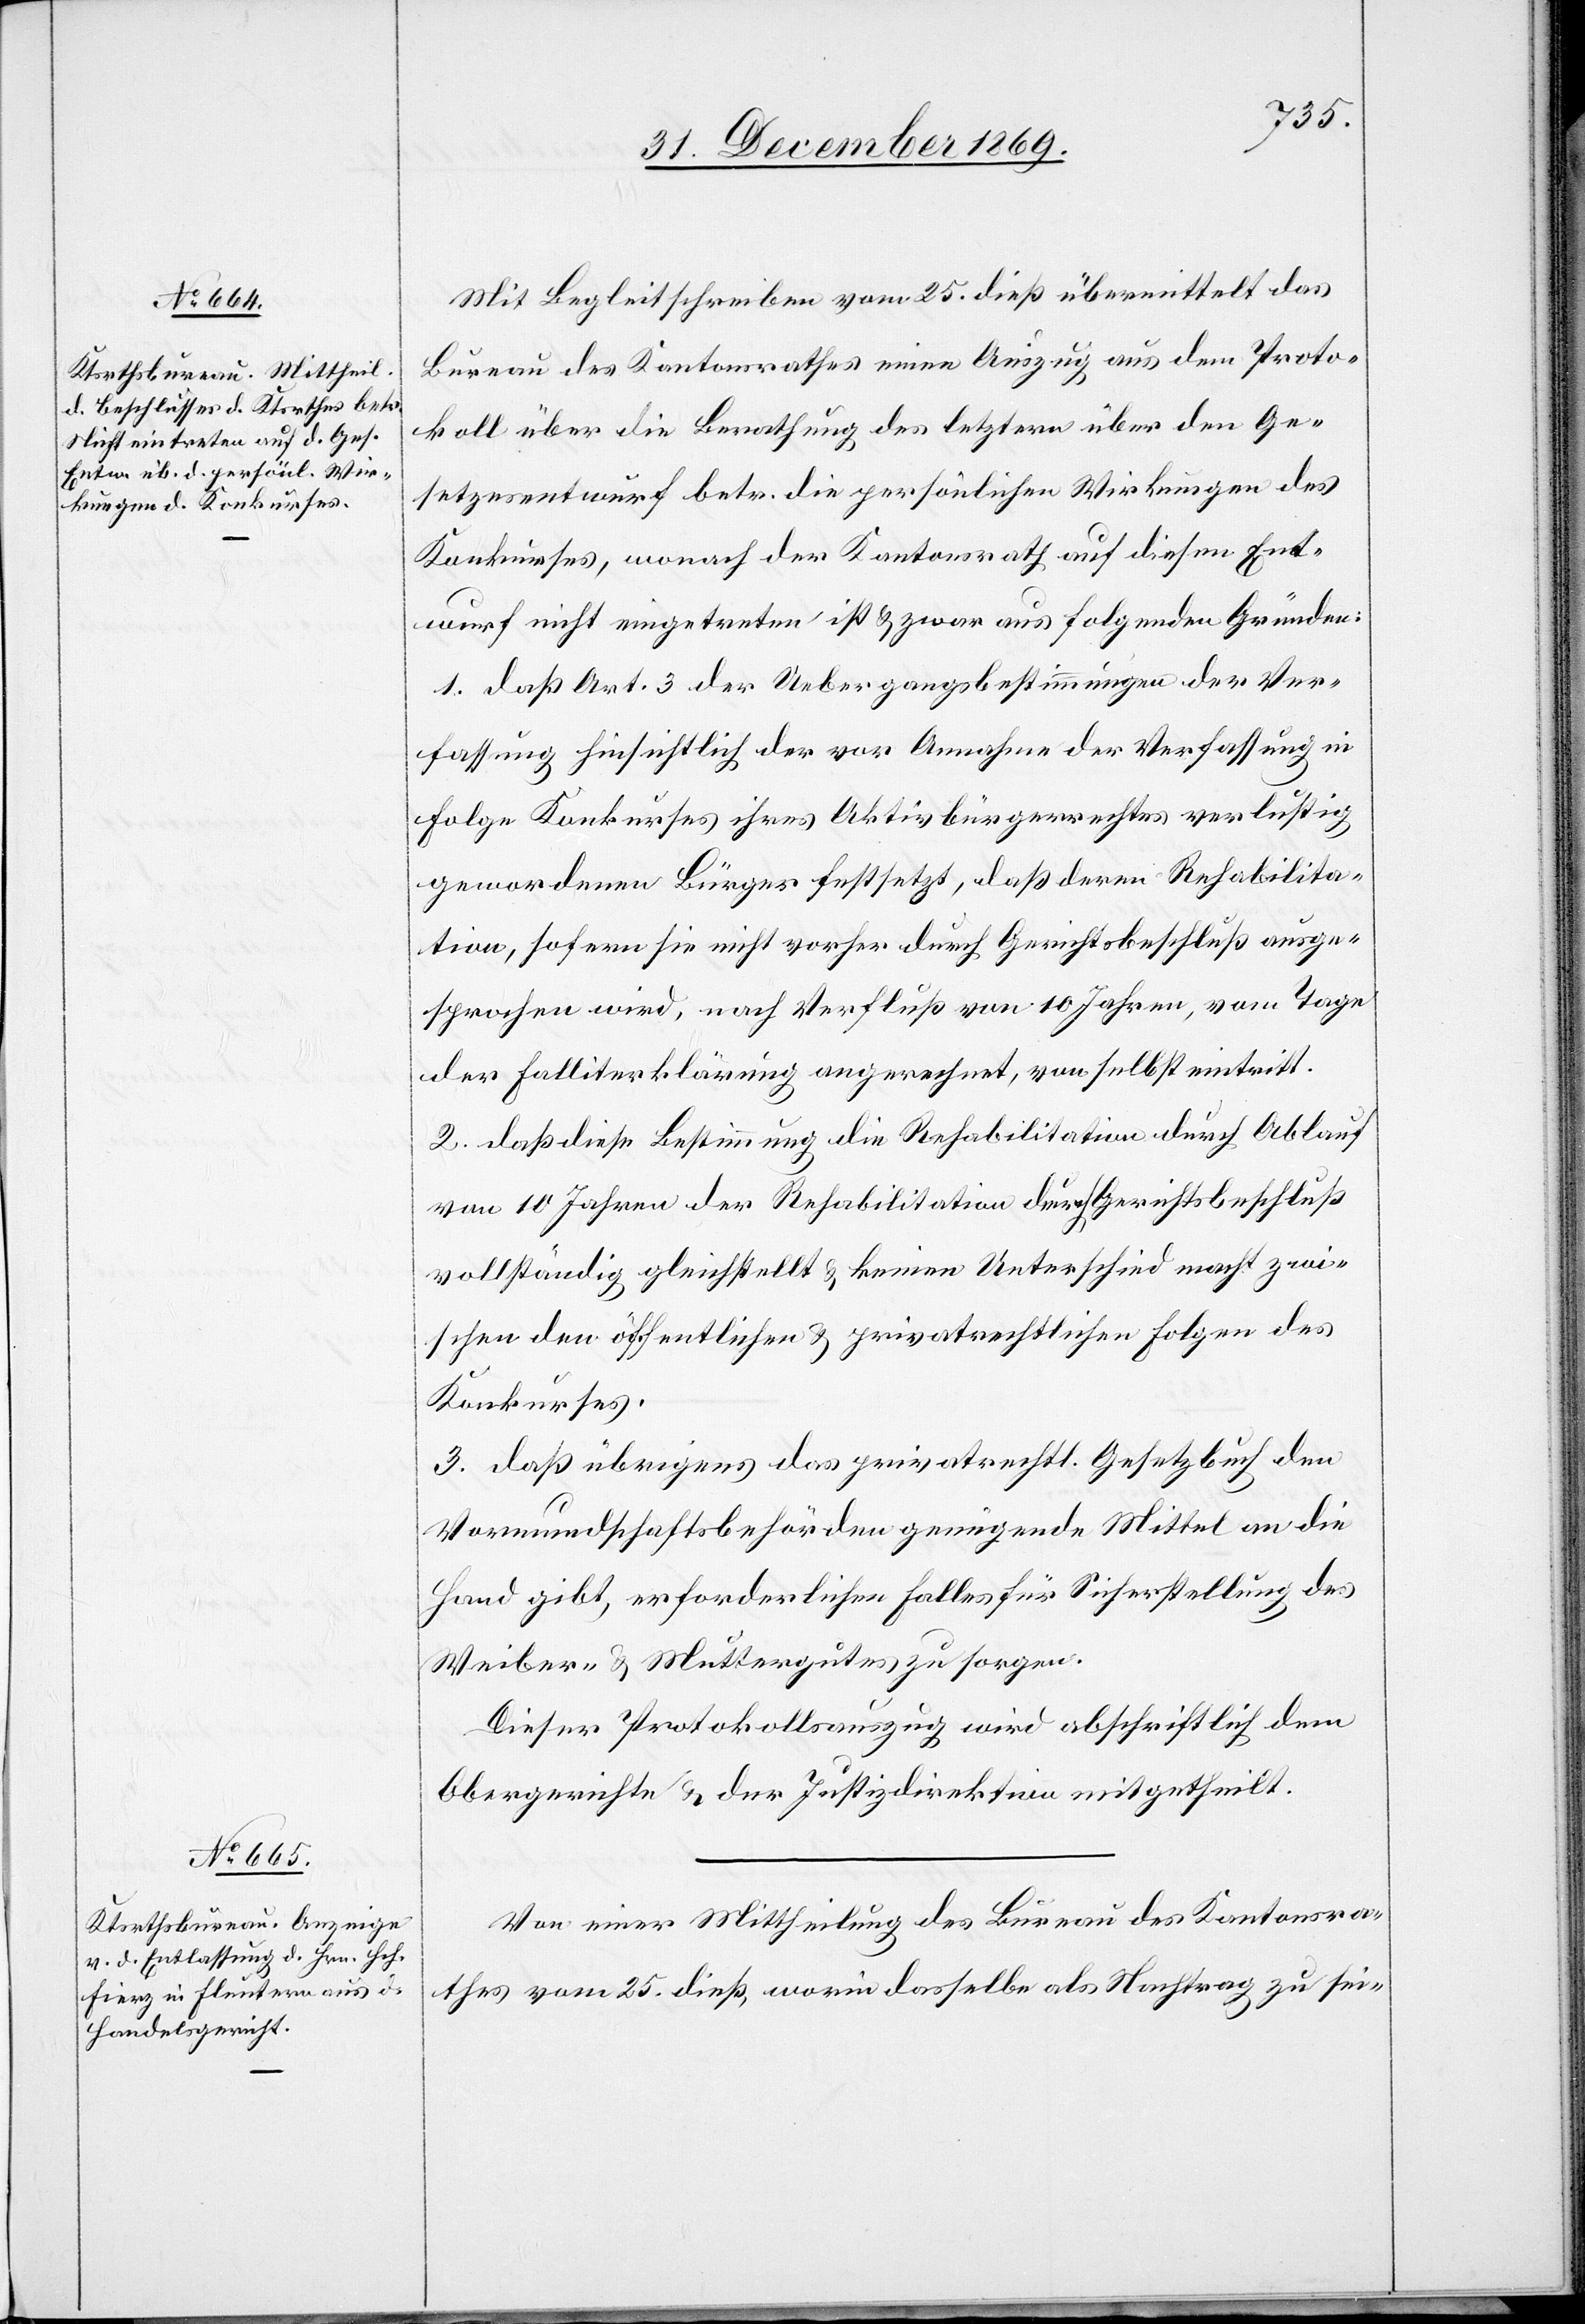
Mit Begleitschreiben vom 25. dieß übermittelt das
Bureau des Kantonsrathes einen Auszug aus dem Proto¬
koll über die Berathung des letztern über den Ge¬
setzesentwurf betr. die persönlichen Wirkungen des
Konkurses, wonach der Kantonsrath auf diesen Ent¬
wurf nicht eingetreten ist & zwar aus folgenden Gründen:
1. daß Art. 3 der Uebergangsbestimmungen der Ver¬
fassung hinsichtlich der vor Annahme der Verfassung in
Folge Konkurses ihres Aktivbürgerrechtes verlustig
gewordenen Bürger festsetzt, daß deren Rehabilita¬
tion, sofern sie nicht vorher durch Gerichtsbeschluß ausge¬
sprochen wird, nach Verfluß von 10 Jahren, vom Tage
der Falliterklärung angerechnet, von selbst eintritt.
2. daß diese Bestimmung die Rehabilitation durch Ablauf
von 10 Jahren der Rehabilitation durch Gerichtsbeschluß
vollständig gleichstellt & keinen Unterschied macht zwi¬
schen den öffentlichen & privatrechtlichen Folgen des
Konkurses.
3. daß übrigens das privatrechtl. Gesetzbuch den
Vormundschaftsbehörden genügende Mittel an die
Hand gibt, erforderlichen Falles für Sicherstellung des
Weiber- & Muttergutes zu sorgen.
Dieser Protokollsauszug wird abschriftlich dem
Obergerichte & der Justizdirektion mitgetheilt.
Von einer Mittheilung des Bureau des Kantonsra¬
thes vom 25. dieß, worin dasselbe als Nachtrag zu sei-